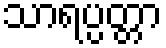
သာရပ္ပတ္တာ